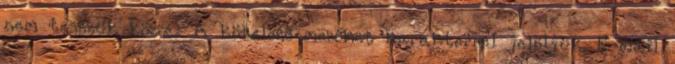
nem tesszük közzé. A kötelező mezőket karakterrel jelöljük. E-mail